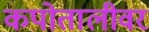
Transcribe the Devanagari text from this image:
कपोतालीवर